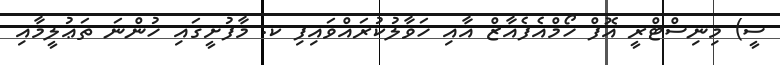
ސީ) މިނިސްޓްރީ އޮފް ހޯމްއެފެއާޒް އާއި ހަވާލުކުރައްވައިފި ކ. މާފުށީގައި ހުންނަ ތަޢުލީމާއި